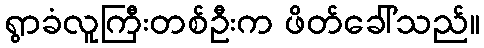
ရွာခံလူကြီးတစ်ဦးက ဖိတ်ခေါ်သည်။